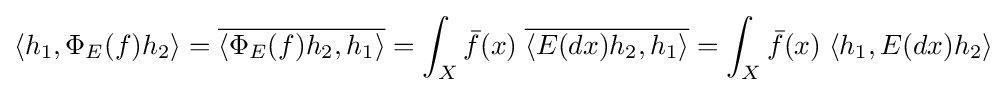
\langle h_{1},\Phi _{E}(f)h_{2}\rangle ={\overline {\langle \Phi _{E}(f)h_{2},h_{1}\rangle }}=\int _{X}{\bar {f}}(x)\;{\overline {\langle E(dx)h_{2},h_{1}\rangle }}=\int _{X}{\bar {f}}(x)\;\langle h_{1},E(dx)h_{2}\rangle